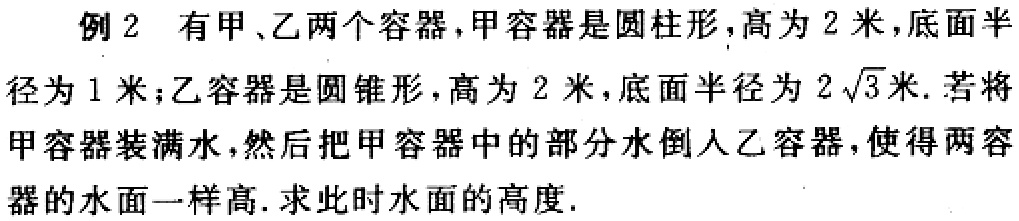
例2 有甲、乙两个容器，甲容器是圆柱形，高为2米，底面半径为1米；乙容器是圆锥形，高为2米，底面半径为\(2\sqrt{3}\)米. 若将甲容器装满水，然后把甲容器中的部分水倒入乙容器，使得两容器的水面一样高. 求此时水面的高度.